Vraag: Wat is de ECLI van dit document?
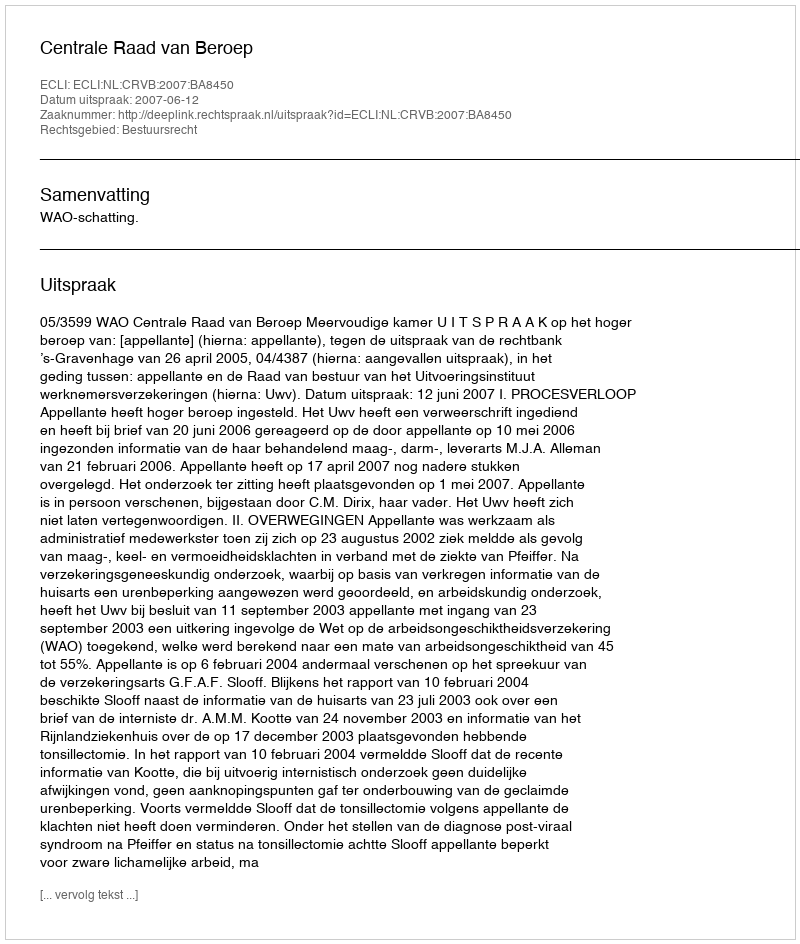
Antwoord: ECLI:NL:CRVB:2007:BA8450